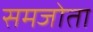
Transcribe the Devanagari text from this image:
समजोता